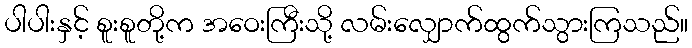
ပါပါးနှင့် စူးစူတို့က အဝေးကြီးသို့ လမ်းလျှောက်ထွက်သွားကြသည်။